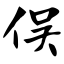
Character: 俣